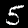
Digit: 5